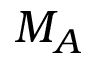
M _ { A }